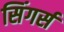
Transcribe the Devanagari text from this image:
सिंगर्स